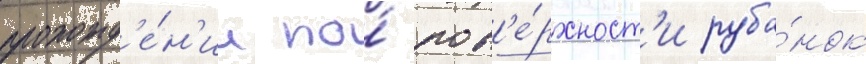
прохожд'е́н'ии по́ пов'е́рхност'и руба́нок